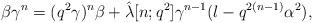
LaTeX: \begin{align*}\beta \gamma^{n} = (q^{2} \gamma )^{n} \beta + \hat{\lambda} [n; q^{2}]\gamma^{n-1} (l-q^{2(n-1)} \alpha^{2}),\end{align*}